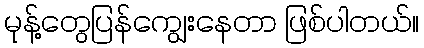
မုန့်တွေပြန်ကျွေးနေတာ ဖြစ်ပါတယ်။